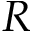
R